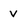
Character: v